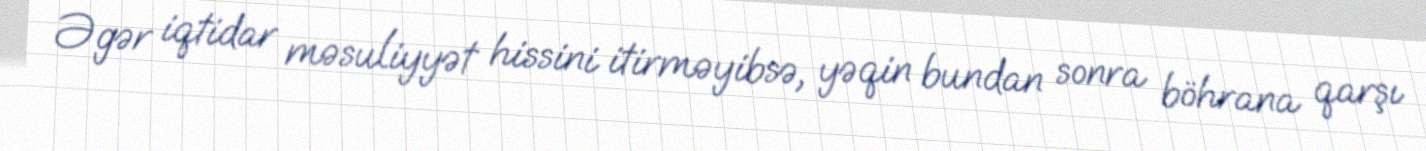
Əgər iqtidar məsuliyyət hissini itirməyibsə, yəqin bundan sonra böhrana qarşı